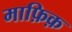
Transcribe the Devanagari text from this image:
माफ़िक़